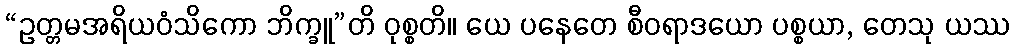
“ဥတ္တမအရိယဝံသိကော ဘိက္ခူ”တိ ဝုစ္စတိ။ ယေ ပနေတေ စီဝရာဒယော ပစ္စယာ, တေသု ယဿ